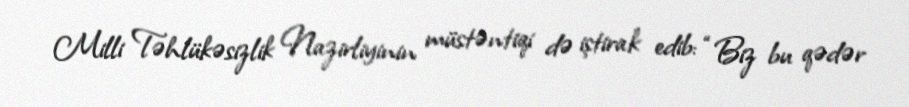
Milli Təhlükəsizlik Nazirliyinin müstəntiqi də iştirak edib: “Biz bu qədər